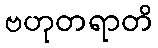
ဗဟုတရာတိ